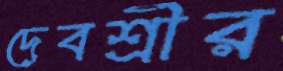
দেবশ্রীর